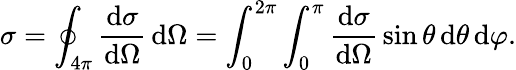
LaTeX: \sigma=\oint_{4\pi}{\frac{\mathrm{d}\sigma}{\mathrm{d}\Omega}}\, \mathrm{d}\Omega=\int_{0}^{2\pi}\int_{0}^{\pi}{\frac{\mathrm{d}\sigma}{\mathrm{d}\Omega}}\sin\theta\, \mathrm{d}\theta\, \mathrm{d}\varphi.